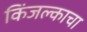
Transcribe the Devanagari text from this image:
किंजल्काचा